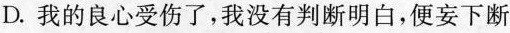
D.我的良心受伤了，我没有判断明白，便妄下断